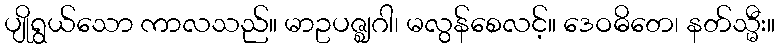
ပျိုရွယ်သော ကာလသည်။ မာဥပဇ္ဈဂါ၊ မလွန်စေလင့်။ ဒေဝဓိတေ၊ နတ်သ္မီး။